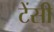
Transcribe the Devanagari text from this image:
टेंसी